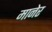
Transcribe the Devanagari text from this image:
मानेर